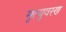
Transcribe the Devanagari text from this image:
मृत्युवरण